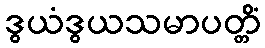
ဒွယံဒွယသမာပတ္တိံ